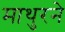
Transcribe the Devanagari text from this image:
माथुरने